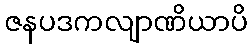
ဇနပဒကလျာဏိယာပိ